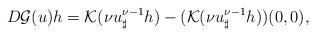
LaTeX: \begin{align*}D\mathcal{G}(u)h=\mathcal{K}(\nu u_{\sharp}^{\nu-1}h)-(\mathcal{K}(\nu u_{\sharp}^{\nu-1}h))(0,0),\end{align*}